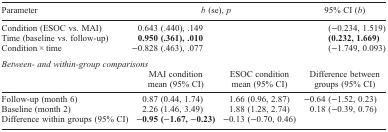
<table><thead><tr><td><b>Parameter</b></td><td colspan="2"><b><i>b</i> (se), <i>p</i></b></td><td><b>95% CI (<i>b</i>)</b></td></tr></thead><tbody><tr><td>Condition (ESOC vs. MAI)</td><td colspan="2">0.643 (.440), .149</td><td>(−0.234, 1.519)</td></tr><tr><td>Time (baseline vs. follow-up)</td><td colspan="2"><b>0.950 (.361), .010</b></td><td><b>(0.232, 1.669)</b></td></tr><tr><td>Condition × time</td><td colspan="2">−0.828 (.463), .077</td><td>(−1.749, 0.093)</td></tr><tr><td colspan="4"><i>Between- and within-group comparisons</i></td></tr><tr><td> </td><td>MAI condition mean (95% CI)</td><td>ESOC condition mean (95% CI)</td><td>Difference between groups (95% CI)</td></tr><tr><td>Follow-up (month 6)</td><td>0.87 (0.44, 1.74)</td><td>1.66 (0.96, 2.87)</td><td>−0.64 (−1.52, 0.23)</td></tr><tr><td>Baseline (month 2)</td><td>2.26 (1.46, 3.49)</td><td>1.88 (1.28, 2.74)</td><td>0.18 (−0.39, 0.76)</td></tr><tr><td>Difference within groups (95% CI)</td><td>−<b>0.95 (</b>−<b>1.67,</b> −<b>0.23)</b></td><td>−0.13 (−0.70, 0.46)</td><td> </td></tr></tbody></table>